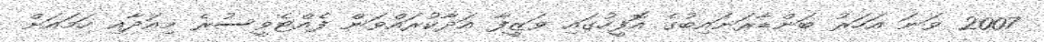
2007 ވަނަ އަހަރު ބަންޑާރަނައިބުގެ އޮފީހުގައި ވަޒީފާ އަދާކުރައްވަން ފެއްޓެވީސުރެ މިއަދާއި ހަމައަށް